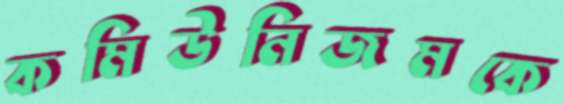
কমিউনিজমকে